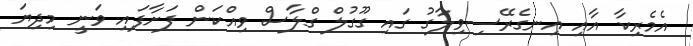
އެމެރިކާ އާއި އިނގެރޭސިވިލާގު ގައި ގޫގުލް ގްލާސް ވިއްކަން ފަށާފައި ވަނީ މިދިޔަ